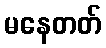
မနေတတ်